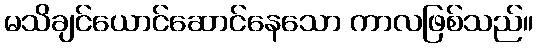
မသိချင်ယောင်ဆောင်နေသော ကာလဖြစ်သည်။